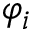
\varphi _ { i }